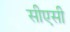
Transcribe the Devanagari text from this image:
सीएसी